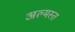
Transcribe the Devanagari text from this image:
अल्मस्त